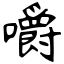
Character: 嚼